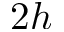
2 h